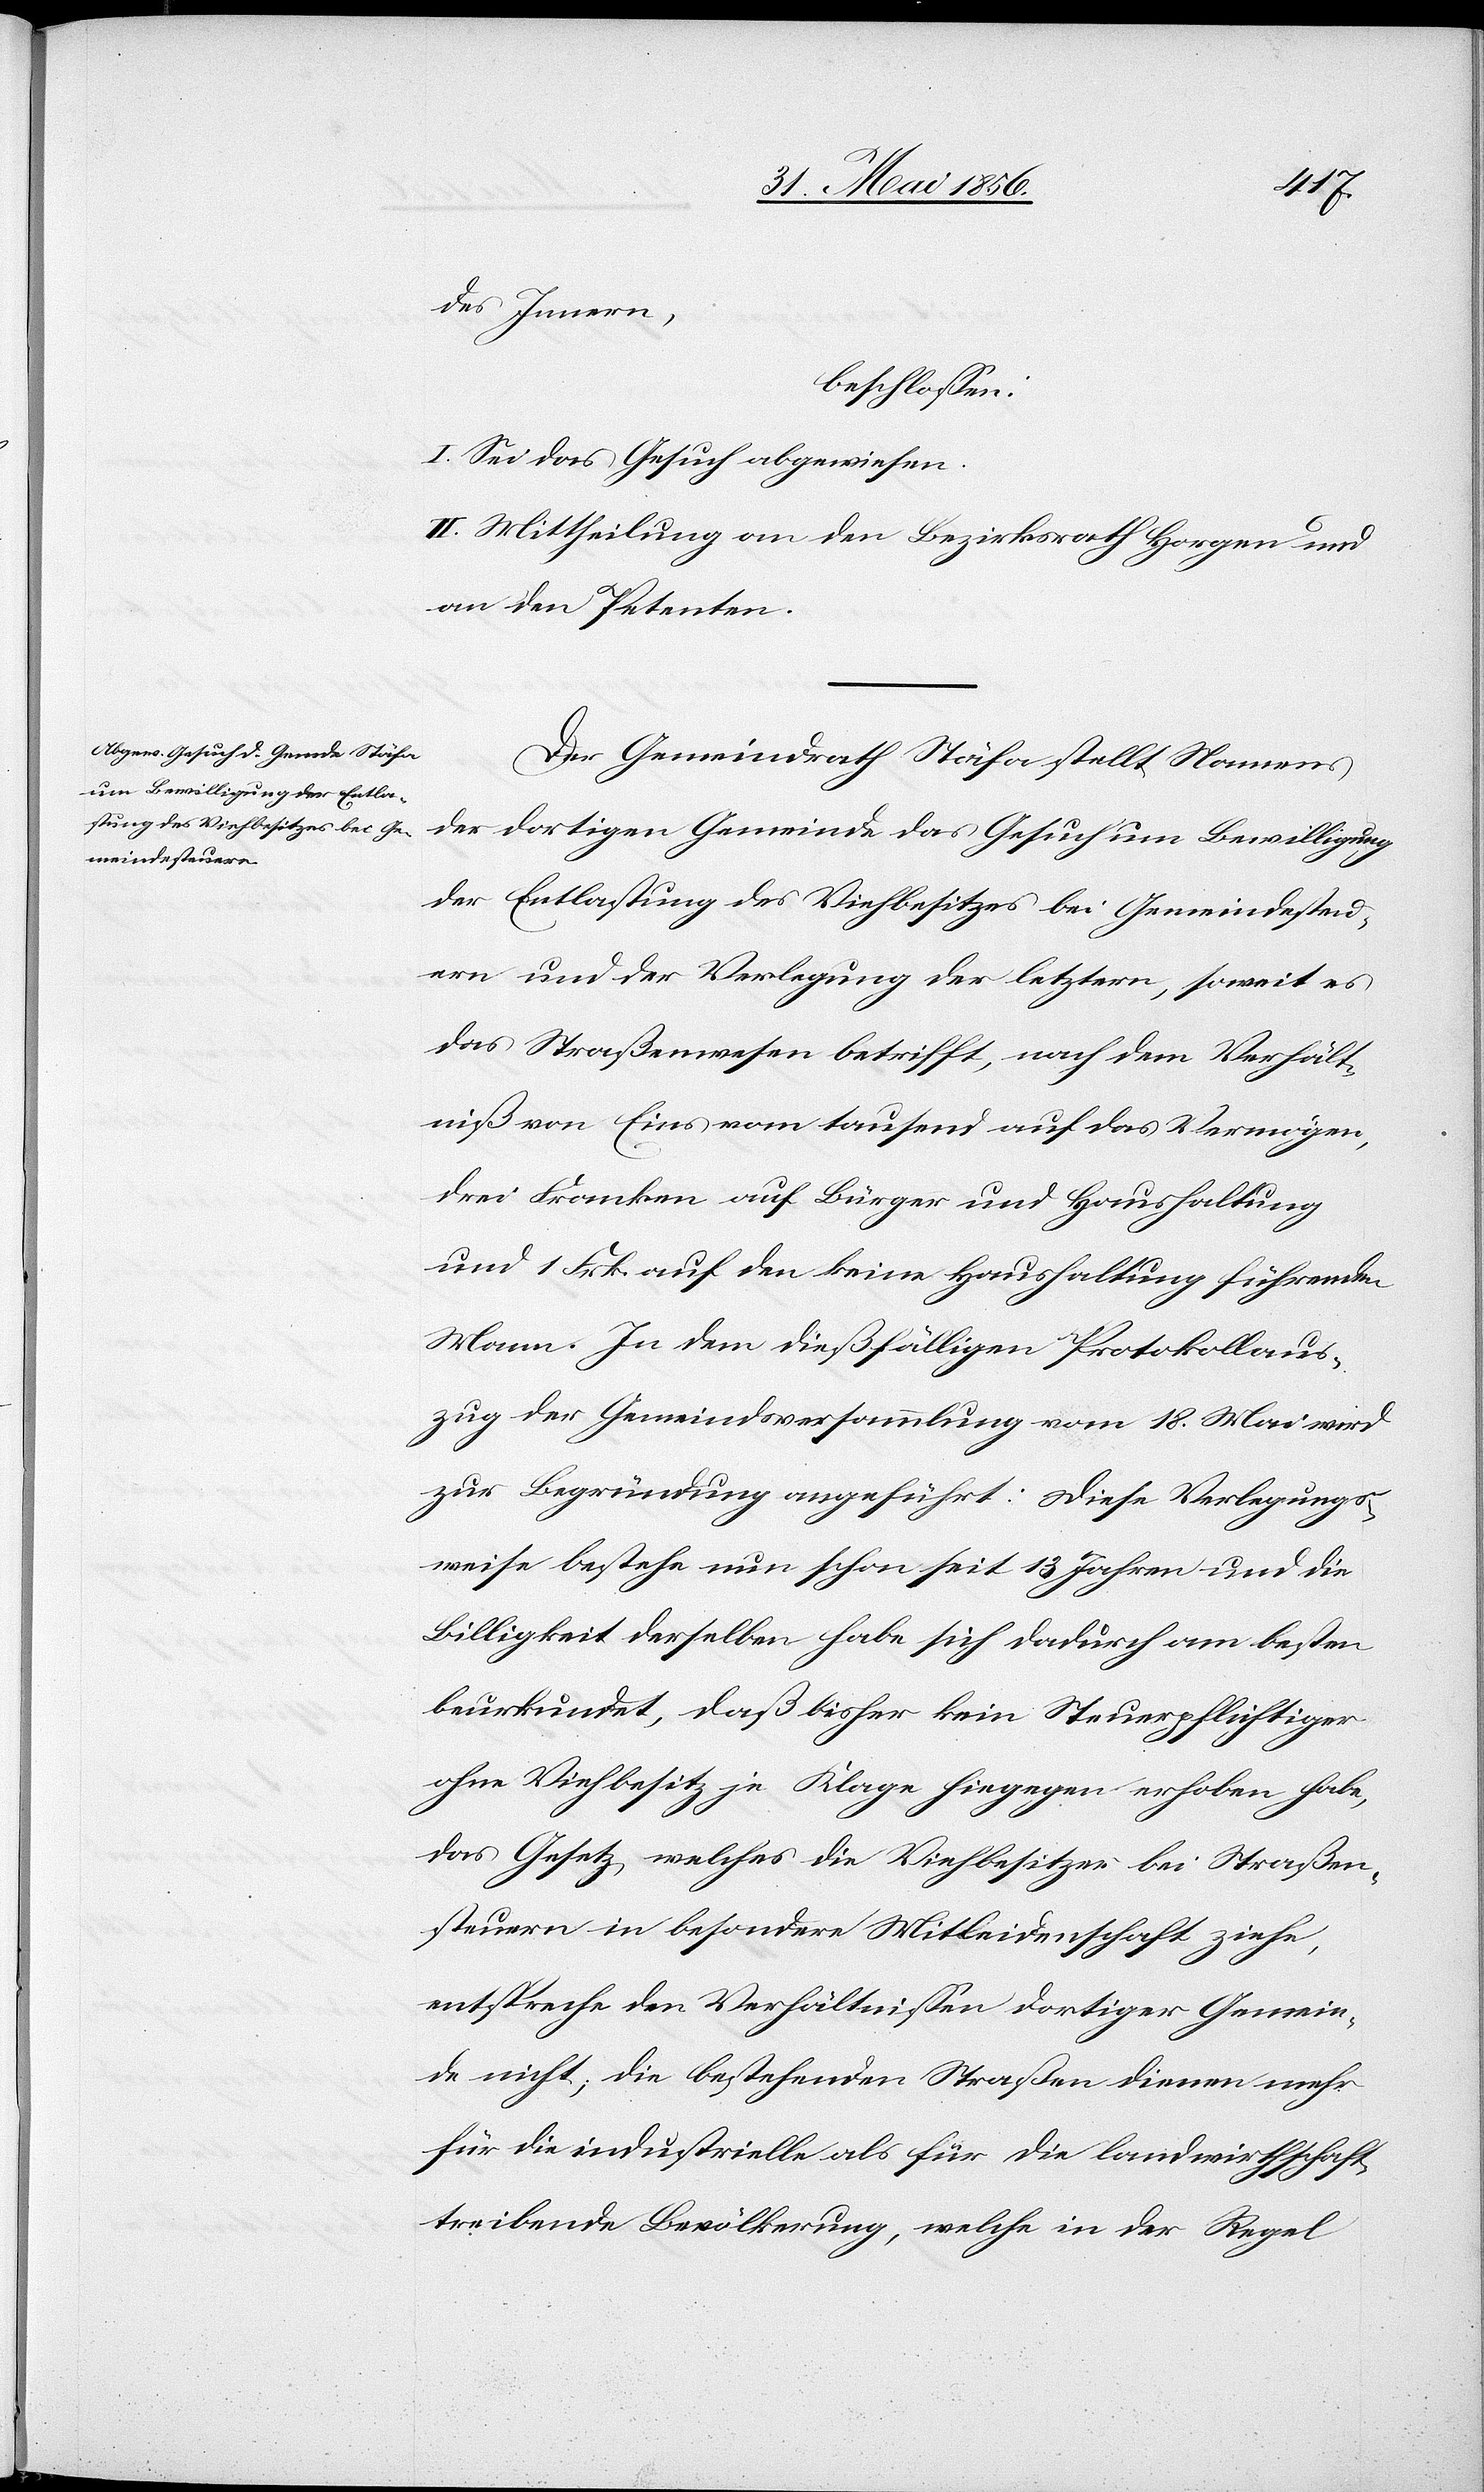
des Innern
beschlossen:
I. Sei das Gesuch abgewiesen.
II. Mittheilung an den Bezirksrath Horgen und
an den Petenten.
Der Gemeindrath Stäfa stellt Namens
der dortigen Gemeinde das Gesuch um Bewilligung
der Entlastung des Viehbesitzes bei Gemeindesteu¬
ern und der Verlegung der letztern, soweit es
das Straßenwesen betrifft, nach dem Verhält¬
niß von Eins vom tausend auf das Vermögen,
drei Franken auf Bürger und Haushaltung
und 1 Frk. auf den keine Haushaltung führenden
Mann. In dem dießfälligen Protokollaus¬
zug der Gemeindsversammlung vom 18. Mai wird
zur Begründung angeführt: Diese Verlegungs¬
weise bestehe nun schon seit 13 Jahren und die
Billigkeit derselben habe sich dadurch am besten
beurkundet, daß bisher kein Steuerpflichtiger
ohne Viehbesitz je Klage hiegegen erhoben habe,
das Gesetz, welches die Viehbesitzer bei Straßen¬
steuern in besondere Mitleidenschaft ziehe,
entspreche den Verhältnissen dortiger Gemein¬
de nicht; die bestehenden Straßen dienen mehr
für die industrielle als für die landwirthschaft¬
treibende Bevölkerung, welche in der Regel